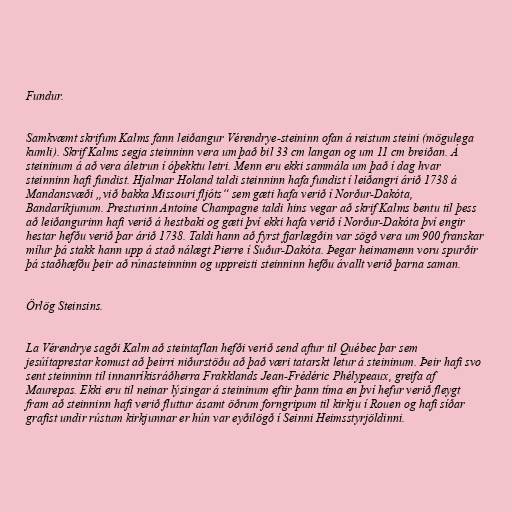
Fundur.

Samkvæmt skrifum Kalms fann leiðangur Vérendrye-steininn ofan á reistum steini (mögulega
kumli). Skrif Kalms segja steinninn vera um það bil 33 cm langan og um 11 cm breiðan. Á
steininum á að vera áletrun í óþekktu letri. Menn eru ekki sammála um það í dag hvar
steinninn hafi fundist. Hjalmar Holand taldi steinninn hafa fundist í leiðangri árið 1738 á
Mandansvæði „við bakka Missouri fljóts“ sem gæti hafa verið í Norður-Dakóta,
Bandaríkjunum. Presturinn Antoine Champagne taldi hins vegar að skrif Kalms bentu til þess
að leiðangurinn hafi verið á hestbaki og gæti því ekki hafa verið í Norður-Dakóta því engir
hestar hefðu verið þar árið 1738. Taldi hann að fyrst fjarlægðin var sögð vera um 900 franskar
mílur þá stakk hann upp á stað nálægt Pierre í Suður-Dakóta. Þegar heimamenn voru spurðir
þá staðhæfðu þeir að rúnasteinninn og uppreisti steinninn hefðu ávallt verið þarna saman.

Örlög Steinsins.

La Vérendrye sagði Kalm að steintaflan hefði verið send aftur til Québec þar sem
jesúítaprestar komust að þeirri niðurstöðu að það væri tatarskt letur á steininum. Þeir hafi svo
sent steinninn til innanríkisráðherra Frakklands Jean-Frédéric Phélypeaux, greifa af
Maurepas. Ekki eru til neinar lýsingar á steininum eftir þann tíma en því hefur verið fleygt
fram að steinninn hafi verið fluttur ásamt öðrum forngripum til kirkju í Rouen og hafi síðar
grafist undir rústum kirkjunnar er hún var eyðilögð í Seinni Heimsstyrjöldinni.